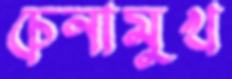
চেনামুখ